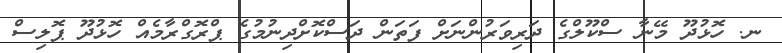
ނ. ހޮޅުދޫ މޭނާ ސްކޫލްގެ ދަރިވަރުންނަށް ފަތަން ދަސްކޮށްދިނުމުގެ ޕްރޮގްރާމެއް ހޮޅުދޫ ޕޮލިސް